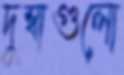
দুম্বাগুলো